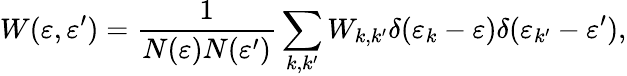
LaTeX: W(\varepsilon,\varepsilon^{\prime})=\frac{1}{N(\varepsilon)N(\varepsilon^{\prime})}\sum_{k,k^{\prime}}W_{k,k^{\prime}}\delta(\varepsilon_{k}-\varepsilon)\delta(\varepsilon_{k^{\prime}}-\varepsilon^{\prime}),